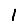
Digit: 1